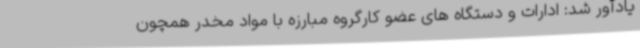
یادآور شد: ادارات و دستگاه های عضو کارگروه مبارزه با مواد مخدر همچون